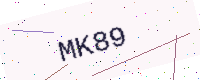
Text: MK89